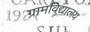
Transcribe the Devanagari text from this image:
ग्रामविद्यालय